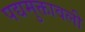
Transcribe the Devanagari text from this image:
पद्यमुक्तावली